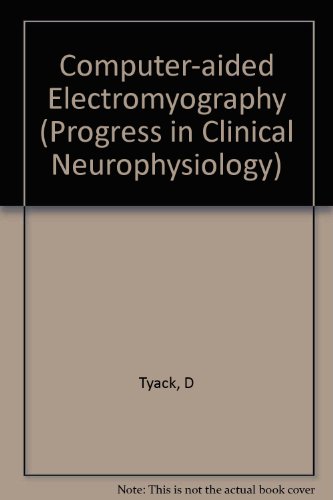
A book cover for Computer-Aided Electromyography (Progress in Clinical Neurophysiology, Vol. 10); Medical Books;